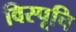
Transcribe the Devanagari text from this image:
विस्पूचि